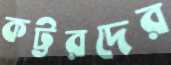
কট্টরদের